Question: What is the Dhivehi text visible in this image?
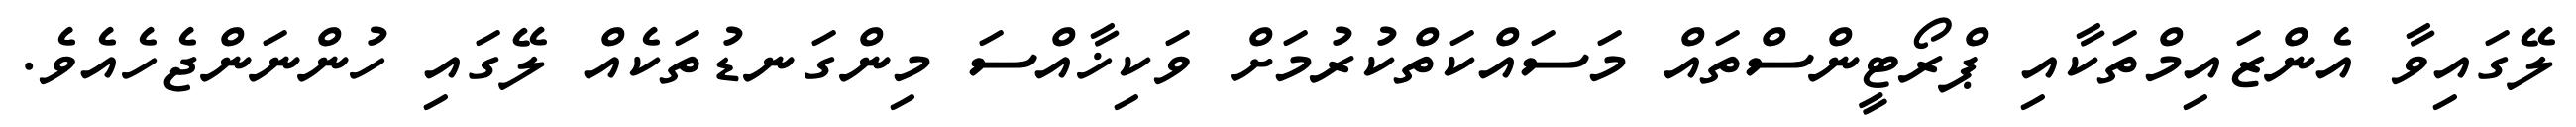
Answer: ލޭގައިވާ އެންޒައިމްތަކާއި ޕްރޯޓީންސްތައް މަސައްކަތްކުރުމަށް ވަކިޚާއްސަ މިންގަނޑުތަކެއް ލޭގައި ހުންނަންޖެހެއެވެ.